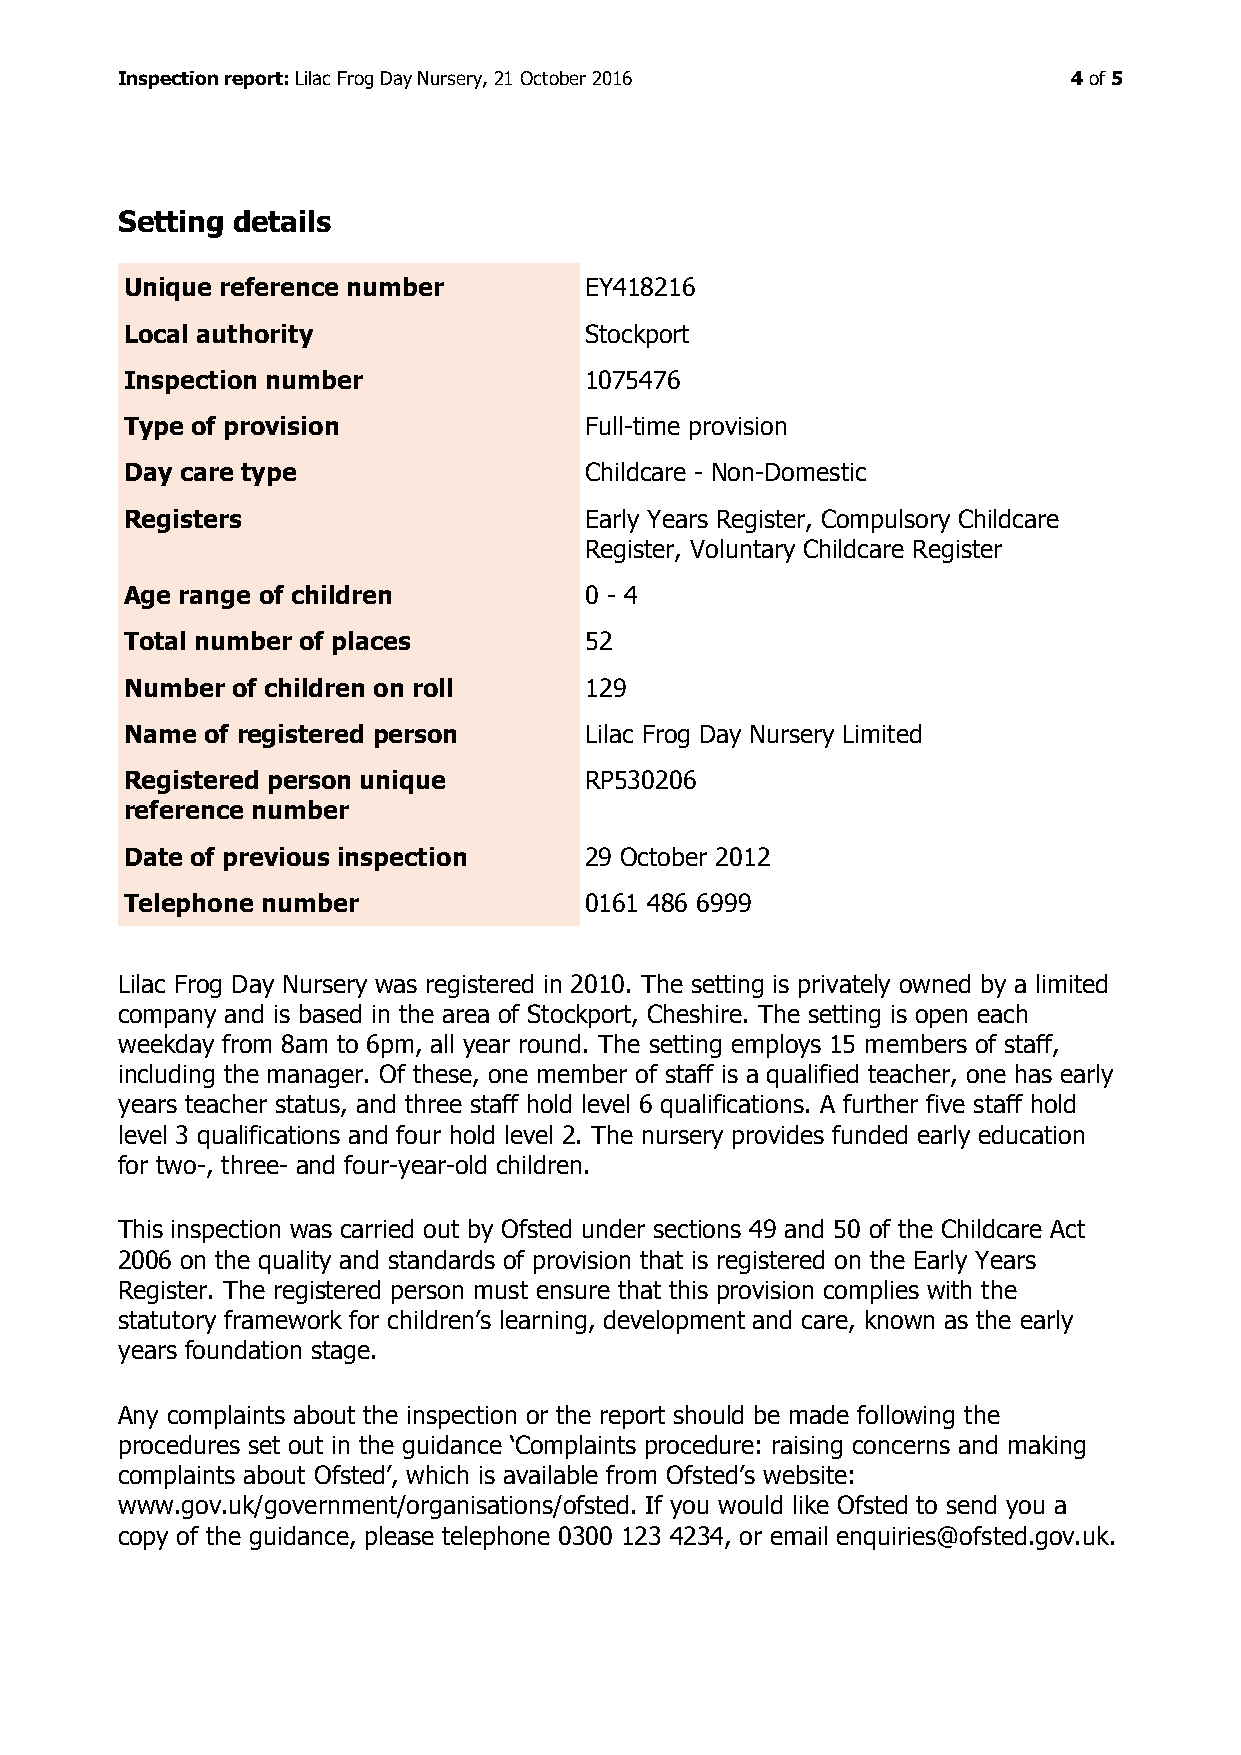
Inspection report: Lilac Frog Day Nursery, 21 October 2016     4 of 5
 Setting details
 Unique reference number        EY418216
 Local authority                Stockport
 Inspection number              1075476
 Type of provision              Full-time provision
 Day care type                  Childcare - Non-Domestic
 Registers                      Early Years Register, Compulsory Childcare
 Register, Voluntary Childcare Register
 Age range of children          0 - 4
 Total number of places         52
 Number of children on roll     129
 Name  of registered person     Lilac Frog Day Nursery Limited
 Registered person unique       RP530206
 reference number
 Date of previous inspection    29 October 2012
 Telephone number               0161 486 6999
 Lilac Frog Day Nursery was registered in 2010. The setting is privately owned by a limited
 company and is based in the area of Stockport, Cheshire. The setting is open each
 weekday from 8am to 6pm, all year round. The setting employs 15 members of staff,
 including the manager. Of these, one member of staff is a qualified teacher, one has early
 years teacher status, and three staff hold level 6 qualifications. A further five staff hold
 level 3 qualifications and four hold level 2. The nursery provides funded early education
 for two-, three- and four-year-old children.
 This inspection was carried out by Ofsted under sections 49 and 50 of the Childcare Act
 2006 on the quality and standards of provision that is registered on the Early Years
 Register. The registered person must ensure that this provision complies with the
 statutory framework for children’s learning, development and care, known as the early
 years foundation stage.
 Any complaints about the inspection or the report should be made following the
 procedures set out in the guidance ‘Complaints procedure: raising concerns and making
 complaints about Ofsted’, which is available from Ofsted’s website:
 www.gov.uk/government/organisations/ofsted. If you would like Ofsted to send you a
 copy of the guidance, please telephone 0300 123 4234, or email enquiries@ofsted.gov.uk.